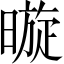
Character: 暶